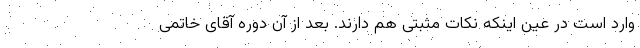
وارد است در عین اینکه نکات مثبتی هم دارند. بعد از آن دوره آقای خاتمی